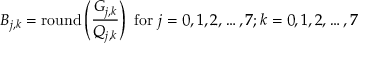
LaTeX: B _ { j , k } = \mathrm { r o u n d } \left( { \frac { G _ { j , k } } { Q _ { j , k } } } \right) { \mathrm { ~ f o r ~ } } j = 0 , 1 , 2 , \ldots , 7 ; k = 0 , 1 , 2 , \ldots , 7